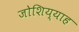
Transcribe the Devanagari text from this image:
जोशिय्याह